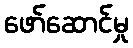
ဖော်ဆောင်မှု